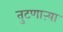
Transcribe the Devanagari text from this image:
तुटणाऱ्या